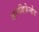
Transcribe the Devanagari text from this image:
अनडिफेन्डेड